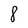
Character: 8